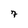
Character: 7